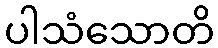
ပါသံသောတိ